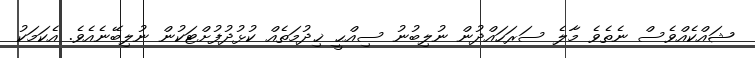
ޝައްކެއްވެސް ނެތެވެ މާލެ ސަރަހައްދުން ނުލިބުނު ސިއްޙީ ޚިދުމަތެއް ކުޅުދުފުށްޓަކުން ނުލިބޭނެއެވެ. އެކަމަކު